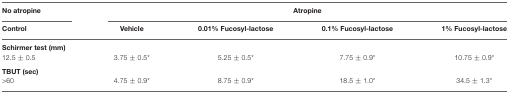
<table><thead><tr><td><b>No atropine</b></td><td colspan="4"><b>Atropine</b></td></tr><tr><td><b>Control</b></td><td><b>Vehicle</b></td><td><b>0.01% Fucosyl-lactose</b></td><td><b>0.1% Fucosyl-lactose</b></td><td><b>1% Fucosyl-lactose</b></td></tr></thead><tbody><tr><td><b>Schirmer test (mm)</b></td><td></td><td></td><td></td><td></td></tr><tr><td>12.5 ± 0.5</td><td>3.75 ± 0.5*</td><td>5.25 ± 0.5*</td><td>7.75 ± 0.9*</td><td>10.75 ± 0.9*</td></tr><tr><td><b>TBUT (sec)</b></td><td></td><td></td><td></td><td></td></tr><tr><td>&gt;60</td><td>4.75 ± 0.9*</td><td>8.75 ± 0.9*</td><td>18.5 ± 1.0*</td><td>34.5 ± 1.3*</td></tr></tbody></table>